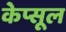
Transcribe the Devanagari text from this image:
केप्सूल